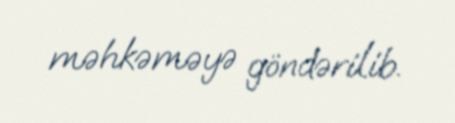
məhkəməyə göndərilib.